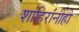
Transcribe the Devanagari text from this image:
शाहिरांनीही